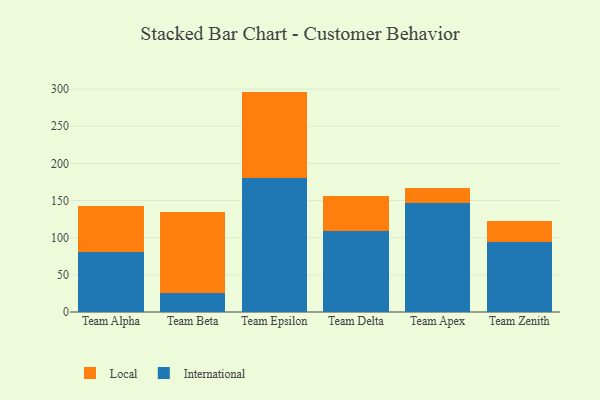
{"axis": {"x": "Team", "y": "Net Income (USD K)"}, "legend": ["International", "Local"], "data": [{"x": "Team Alpha", "y": 81.2, "type": "International"}, {"x": "Team Alpha", "y": 62.0, "type": "Local"}, {"x": "Team Beta", "y": 26.2, "type": "International"}, {"x": "Team Beta", "y": 108.5, "type": "Local"}, {"x": "Team Epsilon", "y": 179.9, "type": "International"}, {"x": "Team Epsilon", "y": 116.7, "type": "Local"}, {"x": "Team Delta", "y": 109.5, "type": "International"}, {"x": "Team Delta", "y": 46.3, "type": "Local"}, {"x": "Team Apex", "y": 147.0, "type": "International"}, {"x": "Team Apex", "y": 19.9, "type": "Local"}, {"x": "Team Zenith", "y": 94.8, "type": "International"}, {"x": "Team Zenith", "y": 27.3, "type": "Local"}]}